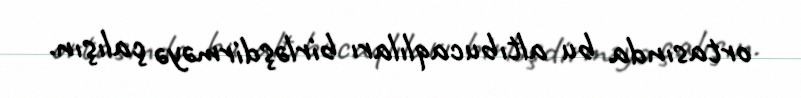
ortasında bu altıbucaqlıları birləşdirməyə çalışın.